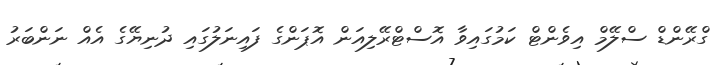
ގްރޭންޑް ސްލޭމް އިވެންޓް ކަމުގައިވާ އޮސްޓްރޭލިއަން އޮޕަންގެ ފައިނަލުގައި ދުނިޔޭގެ އެއް ނަންބަރު